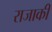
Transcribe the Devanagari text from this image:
राजाकी